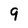
Character: 9